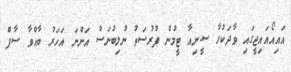
އައިއޯއައިޖީގައި ވާދަކުރާ ސީނިއާ ޓީމުން ފުރުސަތު ނުލިބުނަސް އަންނަ އަހަރު ބާއްވާ ސާފް